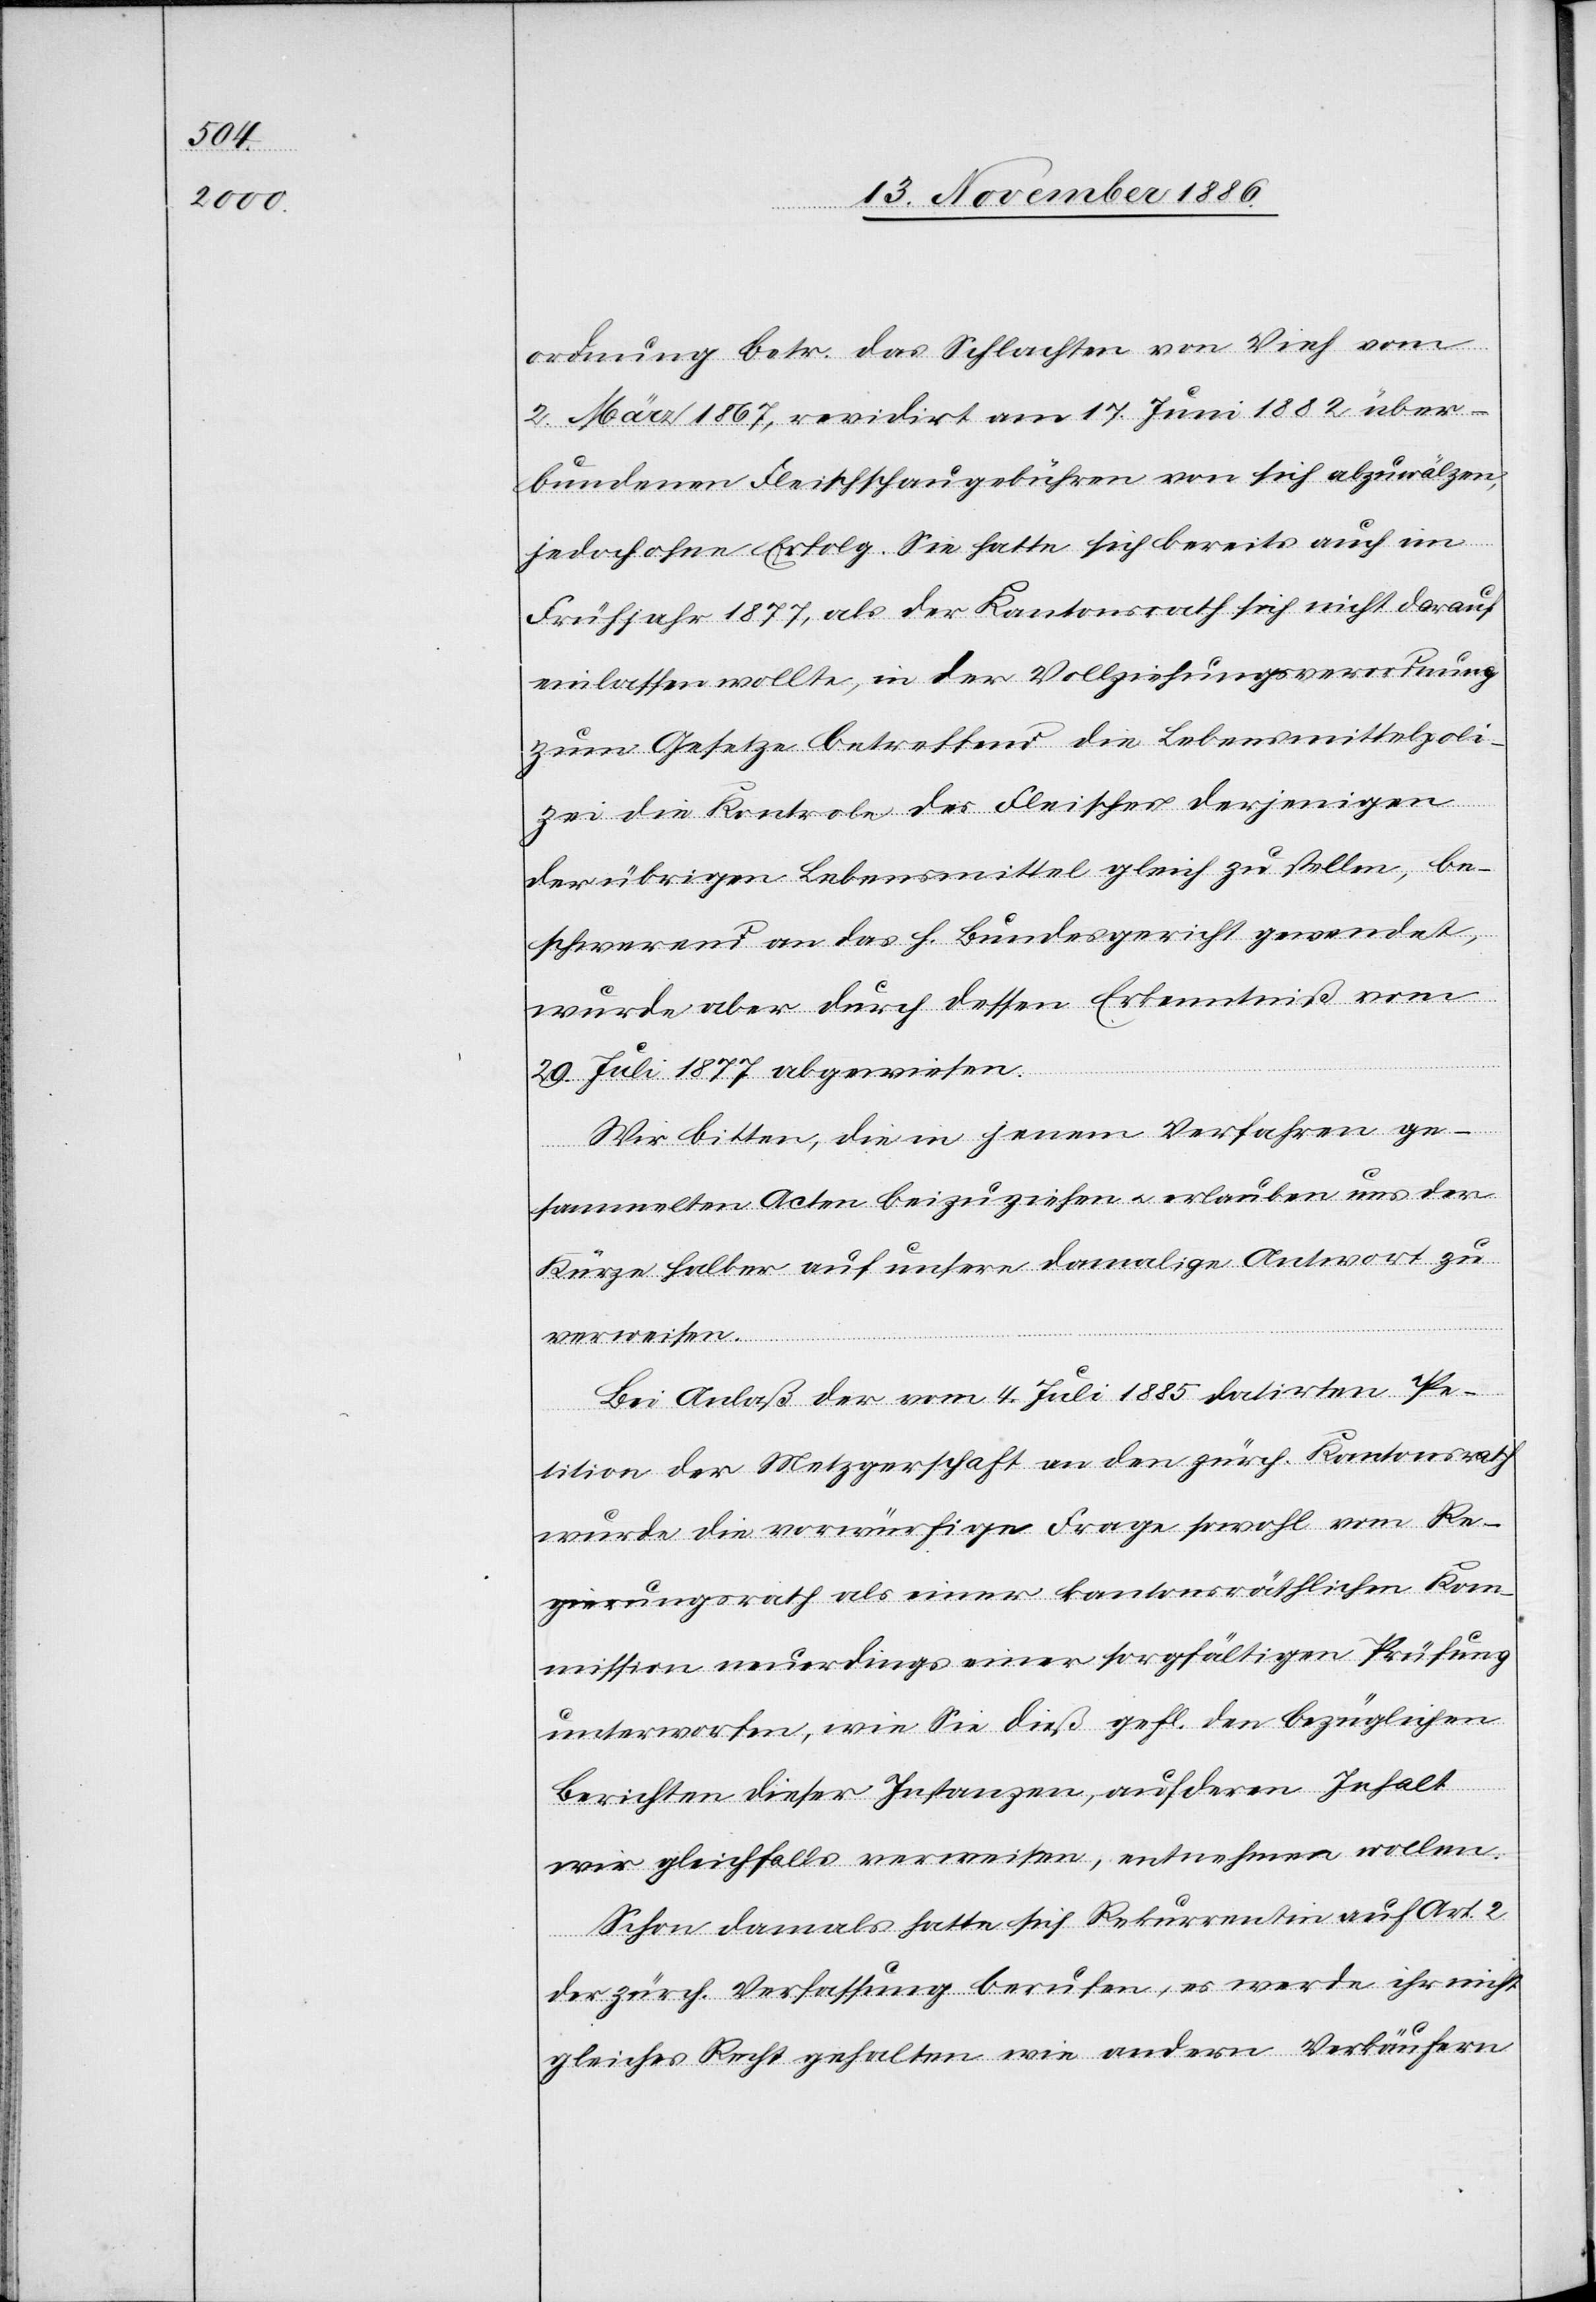
ordnung betr. das Schlachten von Vieh vom
2. März 1867, revidirt am 17. Juni 1882 über¬
bundenen Fleischschaugebühren von sich abzuwälzen,
jedoch ohne Erfolg. Sie hatte sich bereits auch im
Frühjahr 1877, als der Kantonsrath sich nicht darauf
einlassen wollte, in der Vollziehungsverordnung
zum Gesetze betreffend die Lebensmittelpoli¬
zei die Kontrole des Fleisches derjenigen
der übrigen Lebensmittel gleich zu stellen, be¬
schwerend an das h. Bundesgericht gewendet,
wurde aber durch dessen Erkenntniß vom
29. Juli 1877 abgewiesen.
Wir bitten, die in jenen Verfahren ge¬
sammelten Acten beizuziehen & erlauben uns der
Kürze halber auf unsere damalige Antwort zu
verweisen.
Bei Anlaß der vom 4. Juli 1885 datirten Pe¬
tition der Metzgerschaft an den zürch. Kantonsrath
wurde die vorwürfige Frage sowohl vom Re¬
gierungsrath als einer kantonsräthlichen Kom¬
mission neuerdings einer sorgfältigen Prüfung
unterworfen, wie Sie dieß gefl. den bezüglichen
Berichten dieser Instanzen, auf deren Inhalt
wir gleichfalls verweisen, entnehmen wollen.
Schon damals hatte sich Rekurrentin auf Art. 2
der zürch. Verfassung berufen, es werde ihr nich¬
t
gleiches Recht gehalten wie andern Verkäufern